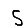
Digit: 5